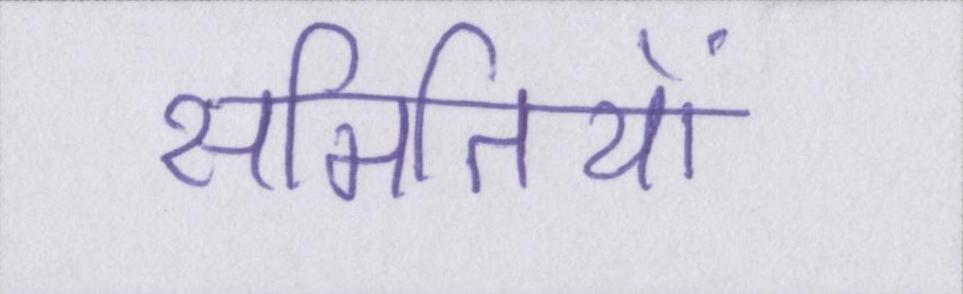
समितियों